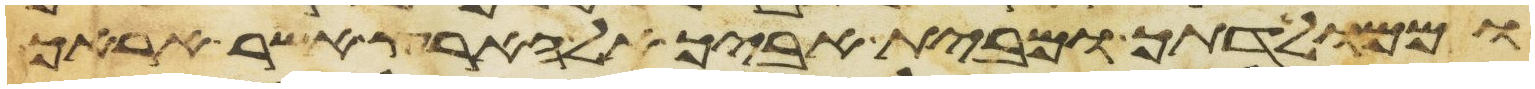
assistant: וממולדתך ומבית אביך אל הארץ אשר אראך